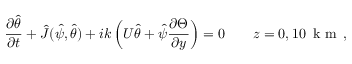
\frac { \partial \hat { \theta } } { \partial t } + \hat { J } ( \hat { \psi } , \hat { \theta } ) + i k \left( U \hat { \theta } + \hat { \psi } \frac { \partial \Theta } { \partial y } \right) = 0 \qquad z = 0 , 1 0 \, \mathrm { ~ k ~ m ~ } \, ,